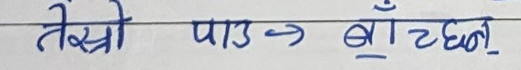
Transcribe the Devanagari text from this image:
तेस्रो पाउँ बाँच्छन्